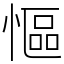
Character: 慪